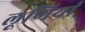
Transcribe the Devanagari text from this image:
लूणियां